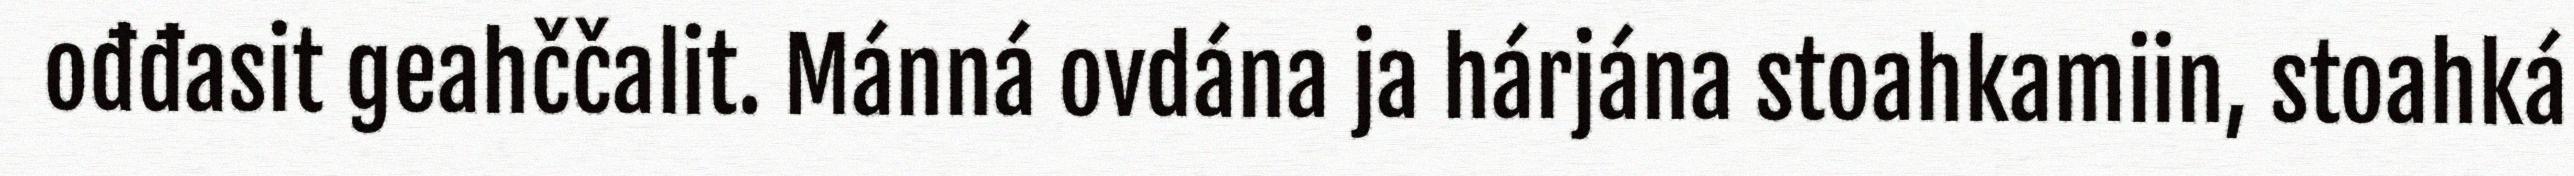
ođđasit geahččalit. Mánná ovdána ja hárjána stoahkamiin, stoahká